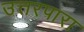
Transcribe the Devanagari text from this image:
उत्तरपारा